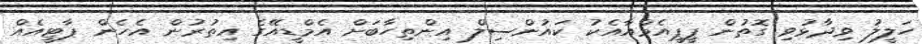
ހަލީލު ވިދާޅުވި ގޮތުން ޕީޕީއެމްއާއެކު ކައުންސިލް އިންތިހާބަށް އެމްޑީއޭގެ އިތުރުން އެހެން ޕާޓީއެއް